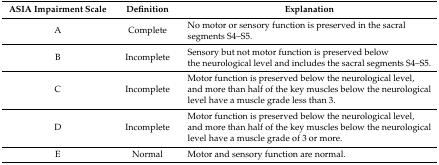
<table><thead><tr><td><b>ASIA Impairment Scale</b></td><td><b>Definition</b></td><td><b>Explanation</b></td></tr></thead><tbody><tr><td>A</td><td>Complete</td><td>No motor or sensory function is preserved in the sacral segments S4–S5.</td></tr><tr><td>B</td><td>Incomplete</td><td>Sensory but not motor function is preserved below the neurological level and includes the sacral segments S4–S5.</td></tr><tr><td>C</td><td>Incomplete</td><td>Motor function is preserved below the neurological level, and more than half of the key muscles below the neurological level have a muscle grade less than 3.</td></tr><tr><td>D</td><td>Incomplete</td><td>Motor function is preserved below the neurological level, and more than half of the key muscles below the neurological level have a muscle grade of 3 or more.</td></tr><tr><td>E</td><td>Normal</td><td>Motor and sensory function are normal.</td></tr></tbody></table>